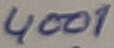
Text: 4001